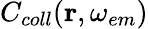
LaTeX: C_{coll}(\mathbf{r},\omega_{em})